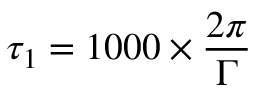
\tau _ { 1 } = 1 0 0 0 \times \frac { 2 \pi } { \Gamma }